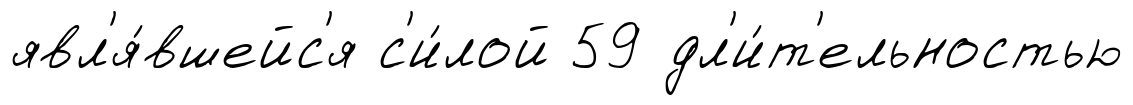
явл'я́вшейс'я с'и́лой 59 дл'и́т'ельностью